Indian journal of veterinary science and animal husbandry - Volume 14,
Year: 1944
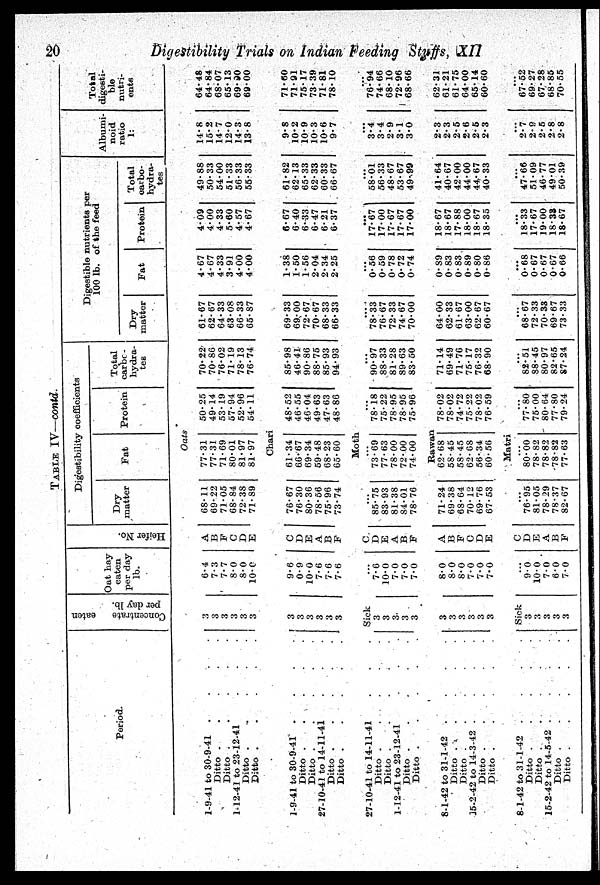
20
Digestibility Trials on Indian Feeding Stuffs,
XII
TABLE IV—contd.
Period.
1-9-41 to 30-9-41
.
.
.
.
Ditto
.
.
.
.
Ditto
.
.
.
.
1-12-41 to 23-12-41 . . .
Ditto
.
.
.
.
Ditto
.
.
.
.
1-9-41 to 30-9-41
.
.
.
.
Ditto
.
.
.
.
Ditto
.
.
.
.
27-10-41 to 14-11-41 . . .
Ditto
.
.
.
.
Ditto
.
.
.
.
27-10-41 to 14-11-41 . . .
Ditto
.
.
.
.
Ditto . . . .
1-12-41 to 23-12-41 . . .
Ditto
.
.
.
.
Ditto . . . .
8-1-42 to 31-1-42
.
.
.
.
Ditto
.
.
.
.
Ditto
.
.
.
.
15-2-42 to 14-3-42
.
.
.
.
Ditto
.
.
.
.
Ditto
.
.
.
.
8-1-42 to 31-1-42 .
.
.
.
Ditto
.
.
.
.
Ditto
.
.
.
.
15-2-42 to 14-5-42
.
.
.
.
Ditto
.
.
.
.
Ditto . . . .
Concentrate
eaten
per
day
lb.
Oat hay
eaten
per day
lb.
Hei f er No.
Digestibility coefficients
Dry
matter
Fat
Protein
Total
carbc -
hydra-
tes
100 lb. of the feed
Dry
matter
Fat
Protein
Total
carbo-
hydra-
tes
Albumi-
noid
ratio
1:
Total
digesti-
ble
nutri-
ents
Oats
3
3
3
3
3
3
6.4
7.3
7.7
8.0
8.0
10.0
A
B
F
C
D
E
68.11
69.22
71.05
68.84
72.38
71.89
77.31
77.31
71.69
80.01
81.97
81.97
50.25
49.14
53.19
57.94
52.96
54.11
70.22
70.86
76.02
71.19
78.13
76.74
61.67
62.67
64.33
63.08
66.33
65.87
4.67
4.67
4.33
3.91
4.00
4.00
4.09
4.00
4.33
5.60
4.57
4.67
49.88
50.33
54.00
51.33
56.33
55.33
14.8
15.2
14.7
12.0
14.3
13.8
64.48
64.84
68.07
65.13
69.90
69.00
Chari
3
3
3
3
3
3
9.6
0.9
10.0
7.6
7.6
7.6
C
D
E
A
B
F
76.67
76.30
80.36
78.56
75.96
73.74
61.34
66.67
69.34
59.48
68.23
65.60
48.52
46.55
46.04
49.63
47.63
48.86
85.98
46.41
90.86
88.75
85.93
94.93
69.33
69.00
72.67
70.67
68.33
66.33
1.38
1.50
1.56
2.04
2.34
2.25
6.67
6.40
6.33
6.47
6.21
6.37
61.82
62.13
65.33
62.33
60.33
66.67
9.8
10.2
10.9
10.3
10.6
9.7
71.60
71.91
75.17
73.39
71.81
78.10
Moth
Sick
3
3
3
3
3
..
7.6
10.0
7.0
7.0
7.0
C
D
E
A
B
F
...
85.75
83.93
81.38
84.01
78.76
...
73.69
77.63
78.00
72.00
74.00
...
78.18
75.22
78.95
78.95
75.96
...
90.97
88.33
81.28
89.63
83.50
...
78.33
76.67
72.33
74.67
70.00
...
0.56
0.59
0.78
0.72
0.74
...
17.67
17.00
17.67
17.67
17.00
...
58.01
56.33
48.67
53.67
49.99
...
3.4
3.4
2.9
3.1
3.0
...
76.94
74.66
68.10
72.96
68.66
Bawan
3
3
3
3
3
3
8.0
8.0
8.0
7.0
7.0
7.0
A
B
F
C
D
E
71.24
69.38
68.64
70.12
69.76
67.53
62.68
58.45
58.45
62.88
56.34
60.56
78.02
78.02
74.72
75.22
78.02
76.59
71.14
69.49
71.76
75.17
76.32
68.90
64.00
62.33
61.67
63.00
62.67
60.67
0.89
0.83
0.83
0.89
0.80
0.86
18.67
18.67
17.88
18.00
18.67
18.35
41.64
40.67
42.00
44.00
44.67
40.33
2.3
2.3
2.5
2.6
2.5
2.3
62.31
61.21
61.75
64.00
65.14
60.60
Matri
Sick
3
3
3
3
3
...
9.0
10.0
7.0
6.0
7.0
C
D
E
A
B
F
...
76.95
81.05
78.29
78.37
82.67
80.00
78.82
78.82
78.82
77.63
...
77.80
75.00
80.64
77.80
79.24
...
82.51
88.45
80.97
82.65
87.24
...
68.67
72.33
70.33
69.67
73.33
...
0.68
0.67
0.67
0.67
0.66
...
18.33
17.67
19.00
18.33
18.67
...
47.66
51.09
46.77
49.01
50.39
...
2.7
2.9
2.5
2.8
2.8
...
67.52
69. 27
67.28
68.85
70.55